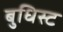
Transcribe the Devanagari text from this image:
बुधिस्ट